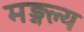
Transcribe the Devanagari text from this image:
मङ्गल्य